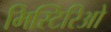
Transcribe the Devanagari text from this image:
मिस्टिरिओ